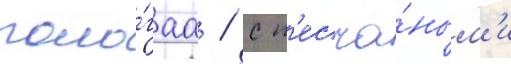
поло́гаа / с п'есча́ным'и